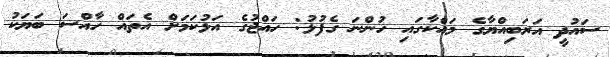
ސައުދީ އަރަބިއްޔާގެ މައްކާގައި ހުންނަ ގެފުޅު: ހައްޖުގެ އަޅުކަމަށް އެތައް ހާއްސަ ބަޔަކު